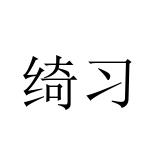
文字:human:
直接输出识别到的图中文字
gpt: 绮习